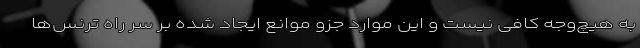
به هیچ‌وجه کافی نیست و این موارد جزو موانع ایجاد شده بر سر راه ترنس‌ها